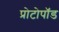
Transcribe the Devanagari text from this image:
प्रोटोपॉड